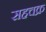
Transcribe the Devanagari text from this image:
सहचक्र